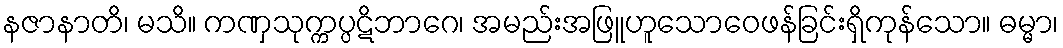
နဇာနာတိ၊ မသိ။ ကဏှသုက္ကပ္ပဋိဘာဂေ၊ အမည်းအဖြူဟူသောဝေဖန်ခြင်းရှိကုန်သော။ ဓမ္မာ၊